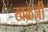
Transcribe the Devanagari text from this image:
खळजी